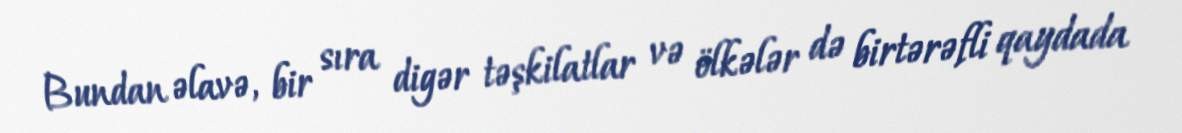
Bundan əlavə, bir sıra digər təşkilatlar və ölkələr də birtərəfli qaydada